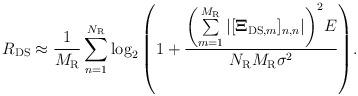
LaTeX: \begin{align*}{{ R}_{{\rm{DS}}}} \approx \frac{1}{M_{\rm R}}\sum\limits_{n = 1}^{{N_{\rm{R}}}} {{{\log }_2}\left( 1 + \frac{{{\left(\sum\limits_{m = 1}^{{M_{\rm{R}}}}\left|[{{{\bf{\Xi}}_{{\rm{DS}},m}}}]_{n,n}\right|\right)^2}E}}{{{N_{\rm{R}}}{M_{\rm{R}}}{\sigma ^2}}} \right)}.\end{align*}